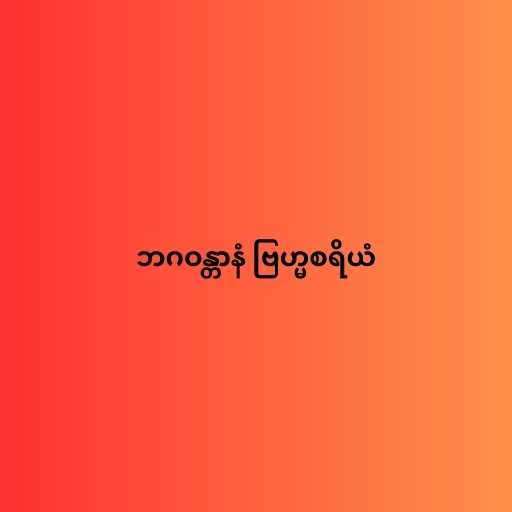
ဘဂဝန္တာနံ ဗြဟ္မစရိယံ